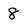
Character: 8